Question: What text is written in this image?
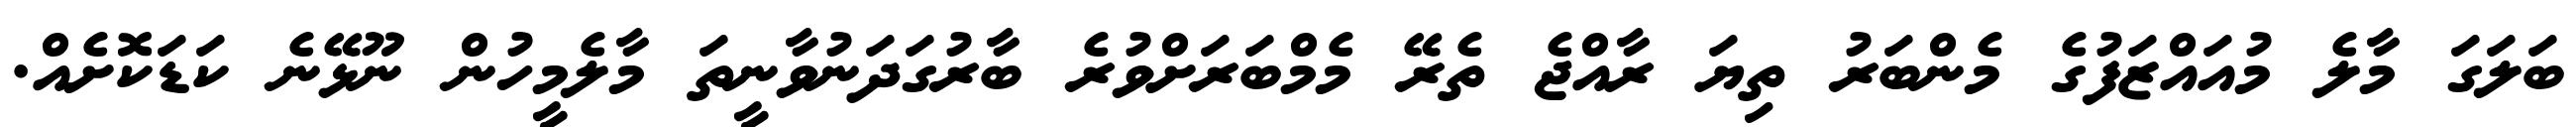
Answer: ބަލަގަ މާލެ މުއައްޒަފުގެ މެންބަރު ތިޔަ ރާއްޖެ ތެރޭ މެމްބަރަށްވުރެ ބާރުގަދަނުވާނީތަ މާލެމީހުން ނޫޅޭނެ ކަޑަކޮށެއް.